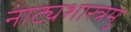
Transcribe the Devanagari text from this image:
नाट्यशास्त्रमु